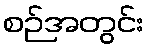
စဉ်အတွင်း